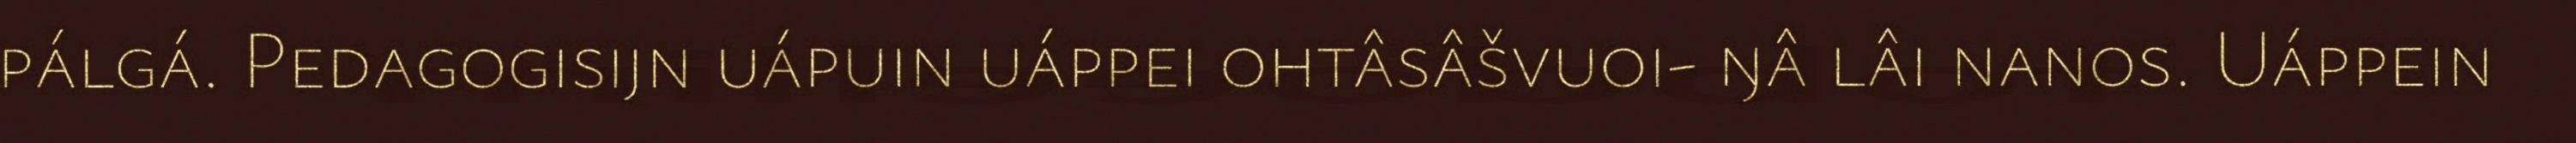
pálgá. Pedagogisijn uápuin uáppei ohtâsâšvuoi- ŋâ lâi nanos. Uáppein